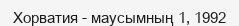
Хорватия - маусымның 1, 1992